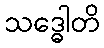
သဒ္ဓေါတိ